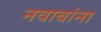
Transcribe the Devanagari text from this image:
नवाबांना